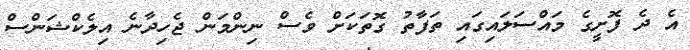
އެ ދެ ފޮށީގެ މައްސަލައިގައި ތަފާތު ގޮތަކަށް ވެސް ނިންމަން ޖެހިދާނެ އިލެކްޝަންސް